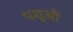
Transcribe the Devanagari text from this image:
पशुऔं